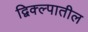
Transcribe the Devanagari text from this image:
द्विक्ल्पातील